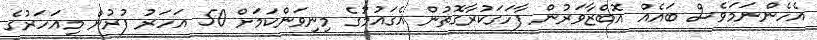
އެހެންނަމަވެސް ބައެއް އޮބްޒާވަރުން ފާހަގަކުރާގޮތުން އެގައުމުގެ މިނިވަންކަމަށް 50 އަހަރު ފުރުން މިއަހަރުގެ